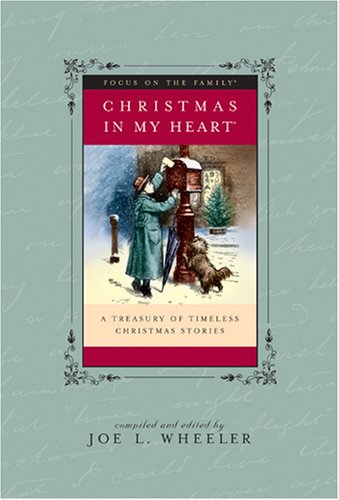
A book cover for Christmas in My Heart, Vol. 14; Joe Wheeler; Christian Books & Bibles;